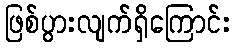
ဖြစ်ပွားလျက်ရှိကြောင်း